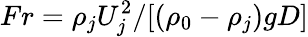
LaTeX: Fr=\rho_{j}U_{j}^{2}/[(\rho_{0}-\rho_{j})gD]